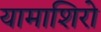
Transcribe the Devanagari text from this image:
यामाशिरो